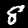
Label: 8